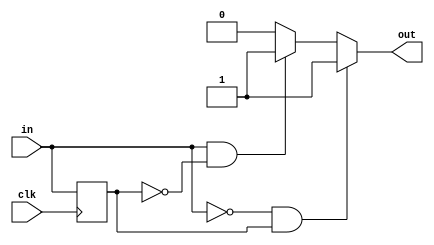
/*
   This file was generated automatically by Alchitry Labs version 1.2.7.
   Do not edit this file directly. Instead edit the original Lucid source.
   This is a temporary file and any changes made to it will be destroyed.
*/

/*
   Parameters:
     RISE = 1
     FALL = 1
*/
module edge_detector_15 (
    input clk,
    input in,
    output reg out
  );
  
  localparam RISE = 1'h1;
  localparam FALL = 1'h1;
  
  
  reg M_last_d, M_last_q = 1'h0;
  
  always @* begin
    M_last_d = M_last_q;
    
    out = 1'h0;
    M_last_d = in;
    if (1'h1) begin
      if (in == 1'h1 && M_last_q == 1'h0) begin
        out = 1'h1;
      end
    end
    if (1'h1) begin
      if (in == 1'h0 && M_last_q == 1'h1) begin
        out = 1'h1;
      end
    end
  end
  
  always @(posedge clk) begin
    M_last_q <= M_last_d;
  end
  
endmodule